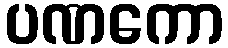
ပဏကော